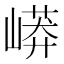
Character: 㟿